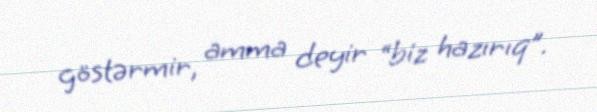
göstərmir, amma deyir “biz hazırıq”.